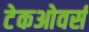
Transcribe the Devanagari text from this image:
टेकओवर्स